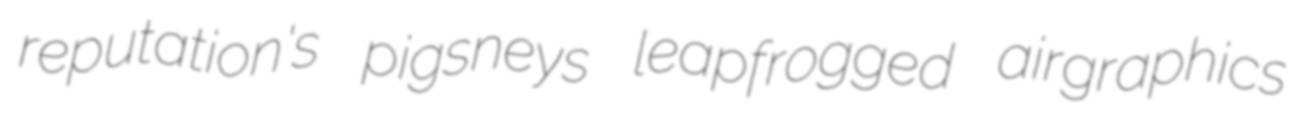
reputation's pigsneys leapfrogged airgraphics